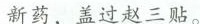
新药，盖过赵三帖。